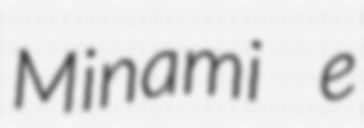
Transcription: Minami e